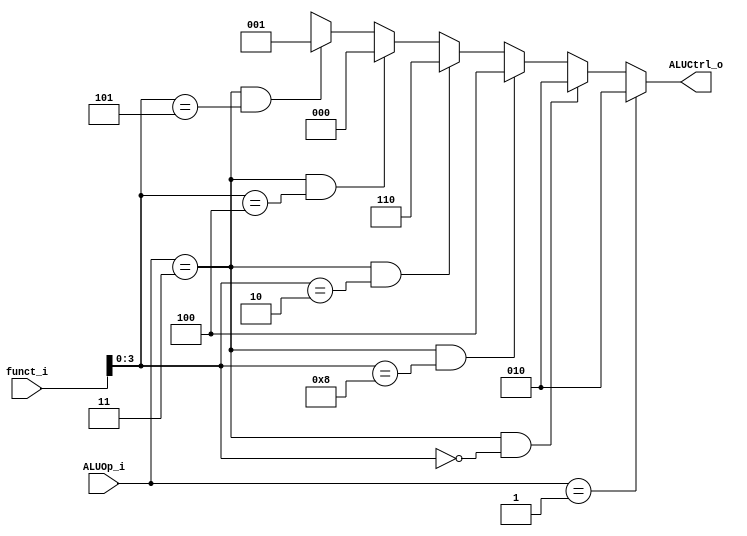
module ALU_Control
(
	funct_i,
	ALUOp_i,
	ALUCtrl_o
);

input	[1:0]		ALUOp_i;
input	[5:0]		funct_i;
output	[2:0]		ALUCtrl_o;

assign	ALUCtrl_o	=	(ALUOp_i == 2'b01) ? 3'b010 :
						((ALUOp_i == 2'b11) && (funct_i[3:0] == 4'b0000)) ? 3'b010 :
						((ALUOp_i == 2'b11) && (funct_i[3:0] == 4'b1000)) ? 3'b100 :
						((ALUOp_i == 2'b11) && (funct_i[3:0] == 4'b0010)) ? 3'b110 :
						((ALUOp_i == 2'b11) && (funct_i[3:0] == 4'b0100)) ? 3'b000 :
						((ALUOp_i == 2'b11) && (funct_i[3:0] == 4'b0101)) ? 3'b001 :
						3'bx;

/*
always@(ALUOp_i) begin
	case(ALUOp_i)
		2'b00:	temp <= 3'b010;
		2'b01:	temp <= 3'b110;
		2'b10:	temp <= 3'b001;	
		2'b11:
			case(funct_i[3:0])
				4'b0000:	temp <= 3'b010;
				4'b0010:	temp <= 3'b110;
				4'b0100:	temp <= 3'b000;
				4'b0101:	temp <= 3'b001;
				4'b1010:	temp <= 3'b111;
			endcase
	endcase		
end
*/
endmodule